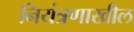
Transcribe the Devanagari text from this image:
नियंत्रणाखील